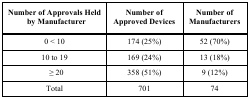
<table><thead><tr><td><b>Number of Approvals Heldby Manufacturer</b></td><td><b>Number of Approved Devices</b></td><td><b>Number of Manufacturers</b></td></tr></thead><tbody><tr><td>0 &lt; 10</td><td>174 (25%)</td><td>52 (70%)</td></tr><tr><td>10 to 19</td><td>169 (24%)</td><td>13 (18%)</td></tr><tr><td> ≥ 20 </td><td>358 (51%)</td><td>9 (12%)</td></tr><tr><td>Total</td><td>701</td><td>74</td></tr></tbody></table>